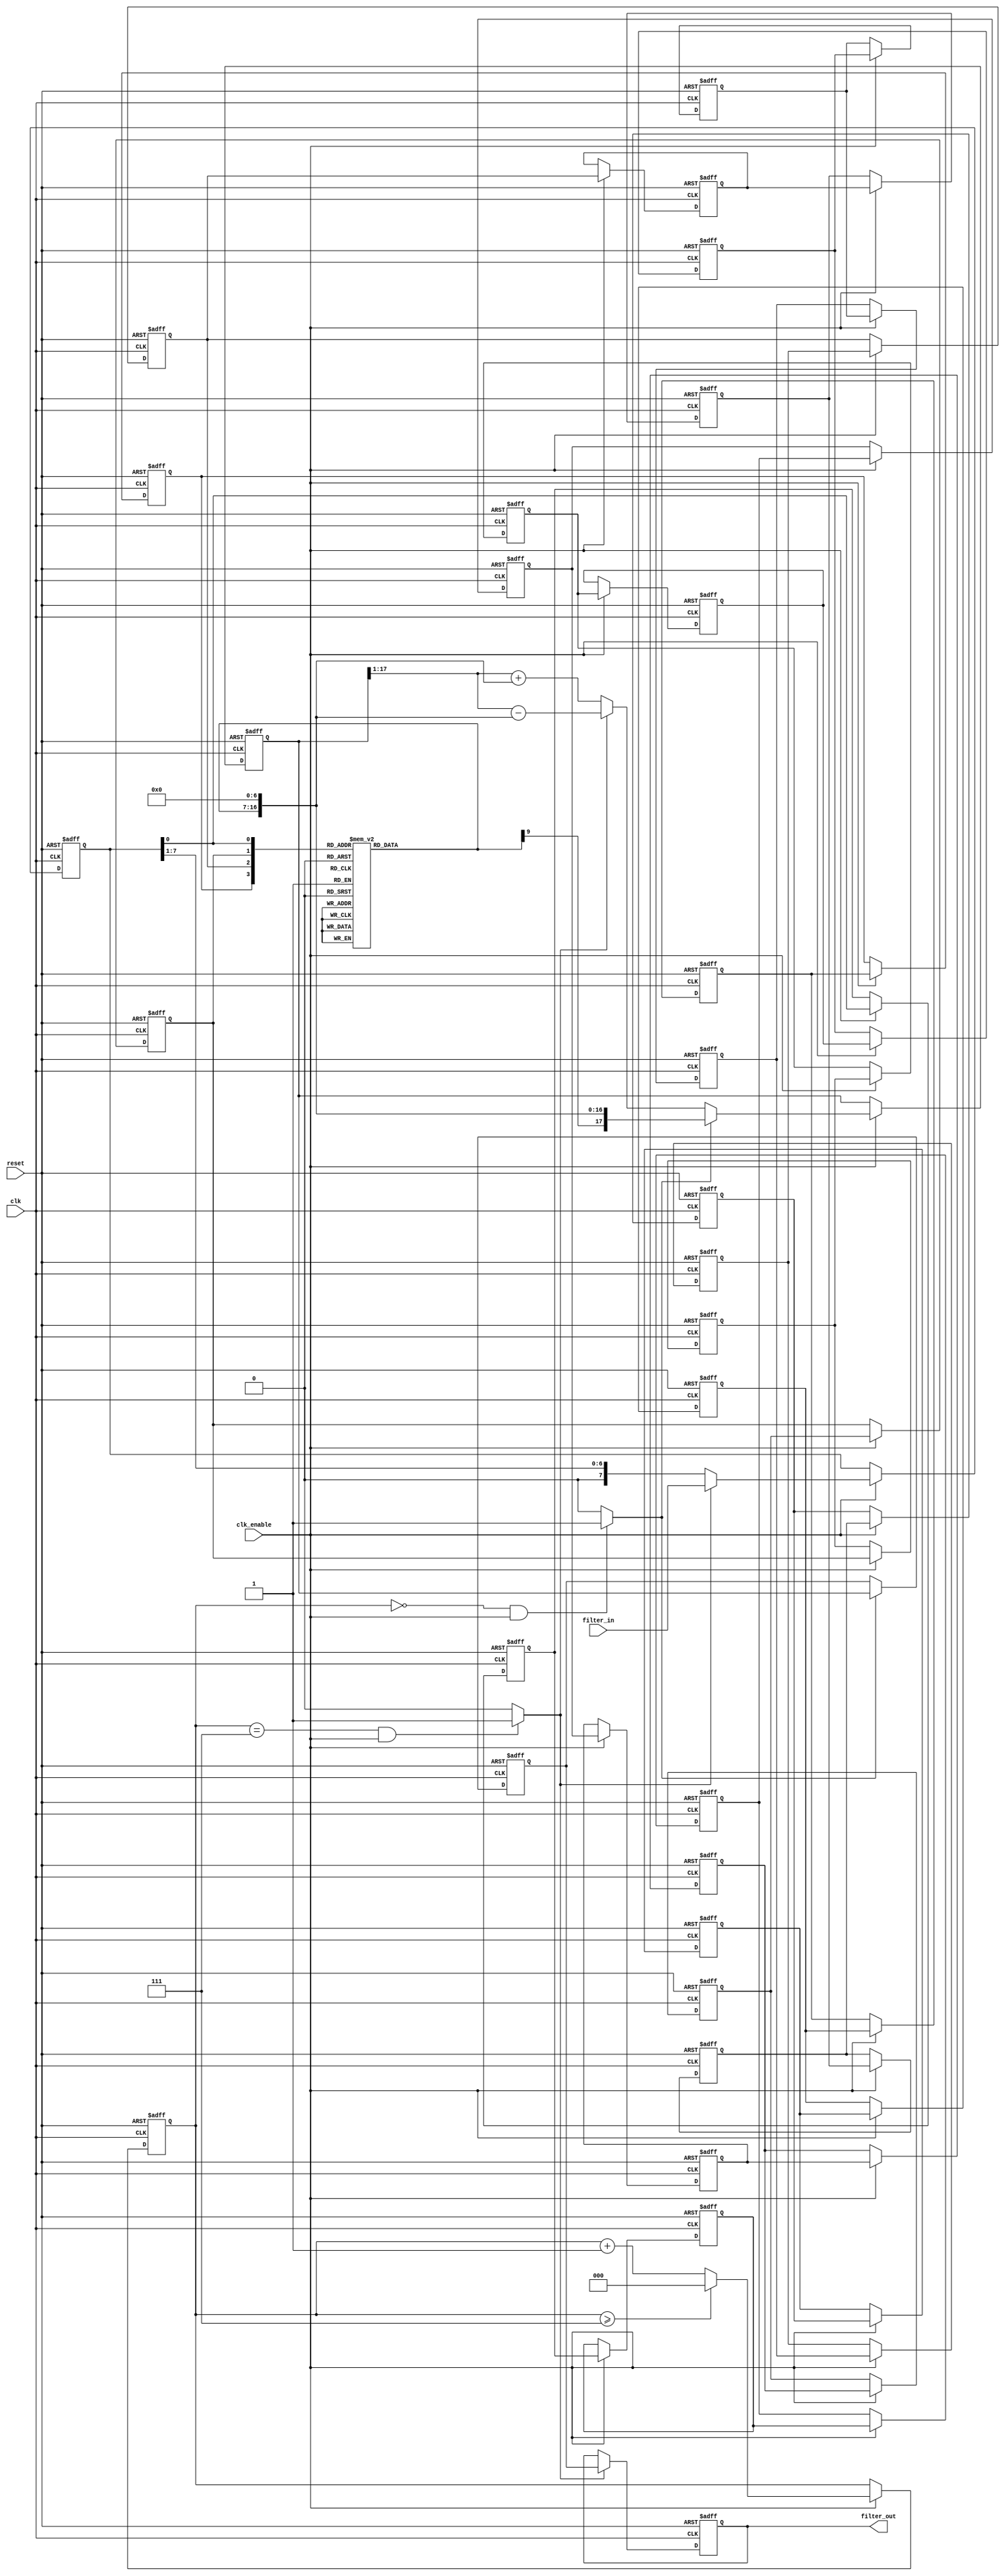
// -------------------------------------------------------------
//
// Module: fir_min_8b_da
// Generated by MATLAB(R) 9.12 and Filter Design HDL Coder 3.1.11.
// Generated on: 2023-06-27 19:45:37
// -------------------------------------------------------------

// -------------------------------------------------------------
// HDL Code Generation Options:
//
// FIRAdderStyle: tree
// MultiplierInputPipeline: 1
// MultiplierOutputPipeline: 1
// OptimizeForHDL: on
// TargetDirectory: W:\Nikos\UTh\ \Project\FIR_Minimum_Order\distributed_arithmetic\8b_fixed_point
// AddPipelineRegisters: on
// Name: fir_min_8b_da
// DALUTPartition: 4
// InputDataType: numerictype(1,8,0)
// TargetLanguage: Verilog
// TestBenchName: fir_min_8b_da_tb
// TestBenchStimulus: impulse step ramp chirp noise 

// Filter Specifications:
//
// Sample Rate     : 46 kHz
// Response        : Lowpass
// Specification   : N,Fp,Fst,Ap
// Stopband Edge   : 9.6 kHz
// Passband Ripple : 60 dB
// Filter Order    : 3
// Passband Edge   : 8 kHz
// -------------------------------------------------------------

// -------------------------------------------------------------
// HDL Implementation    : Distributed arithmetic (DA)
// Folding Factor        : 8
// LUT Address Width     : 4
// Total LUT Size (bits) : 160
// -------------------------------------------------------------
// Filter Settings:
//
// Discrete-Time FIR Filter (real)
// -------------------------------
// Filter Structure  : Direct-Form FIR
// Filter Length     : 4
// Stable            : Yes
// Linear Phase      : Yes (Type 2)
// Arithmetic        : fixed
// Numerator         : s8,16 -> [-1.953125e-03 1.953125e-03)
// -------------------------------------------------------------




`timescale 1 ns / 1 ns

module fir_min_8b_da
               (
                clk,
                clk_enable,
                reset,
                filter_in,
                filter_out
                );

  input   clk; 
  input   clk_enable; 
  input   reset; 
  input   signed [7:0] filter_in; //sfix8
  output  signed [17:0] filter_out; //sfix18_En16

////////////////////////////////////////////////////////////////
//Module Architecture: fir_min_8b_da
////////////////////////////////////////////////////////////////
  // Local Functions
  // Type Definitions
  // Constants
  parameter signed [7:0] coeff1 = 8'b00111111; //sfix8_En16
  parameter signed [7:0] coeff2 = 8'b01000111; //sfix8_En16
  parameter signed [7:0] coeff3 = 8'b01000111; //sfix8_En16
  parameter signed [7:0] coeff4 = 8'b00111111; //sfix8_En16

  // Signals
  wire signed [7:0] filter_in_cast; // sfix8
  reg  [2:0] cur_count; // ufix3
  wire phase_7; // boolean
  wire phase_0; // boolean
  wire serialoutb1; // ufix1
  reg  signed [7:0] shiftreg; // sfix8
  reg  delay_pipeline [0:23] ; // boolean
  wire [3:0] mem_addr; // ufix4
  reg  signed [9:0] memoutb1; // sfix10_En16
  reg  signed [17:0] acc_out; // sfix18_En23
  wire signed [17:0] memoutb1_cast; // sfix18_En23
  wire signed [17:0] add_sub_out; // sfix18_En23
  wire signed [17:0] acc_out_shft; // sfix18_En23
  wire signed [17:0] acc_in; // sfix18_En23
  wire signed [17:0] addsub_add; // sfix18_En23
  wire signed [17:0] addsub_sub; // sfix18_En23
  wire signed [17:0] add_signext; // sfix18_En23
  wire signed [17:0] add_signext_1; // sfix18_En23
  wire signed [18:0] add_temp; // sfix19_En23
  wire signed [17:0] sub_signext; // sfix18_En23
  wire signed [17:0] sub_signext_1; // sfix18_En23
  wire signed [18:0] sub_temp; // sfix19_En23
  reg  signed [17:0] final_acc_out; // sfix18_En23
  wire signed [17:0] output_da; // sfix18_En16
  wire signed [17:0] output_typeconvert; // sfix18_En16
  reg  signed [17:0] output_register; // sfix18_En16

  // Block Statements
  assign filter_in_cast = filter_in;

  always @ (posedge clk or posedge reset)
    begin: Counter_process
      if (reset == 1'b1) begin
        cur_count <= 3'b111;
      end
      else begin
        if (clk_enable == 1'b1) begin
          if (cur_count >= 3'b111) begin
            cur_count <= 3'b000;
          end
          else begin
            cur_count <= cur_count + 3'b001;
          end
        end
      end
    end // Counter_process

  assign  phase_7 = (cur_count == 3'b111 && clk_enable == 1'b1) ? 1'b1 : 1'b0;

  assign  phase_0 = (cur_count == 3'b000 && clk_enable == 1'b1) ? 1'b1 : 1'b0;

  always @ (posedge clk or posedge reset)
    begin: Serializer_1_process
      if (reset == 1'b1) begin
        shiftreg <= 8'b00000000;
      end
      else begin
        if (clk_enable == 1'b1) begin
          if (phase_7 == 1'b1) begin
            shiftreg <= filter_in_cast;
          end
          else begin
            shiftreg <= {1'b0, shiftreg[7 : 1]};
          end
        end
      end 
    end // Serializer_1_process;

  assign   serialoutb1=shiftreg[0];
 
  always @( posedge clk or posedge reset)
    begin: Delay_Pipeline_1_process
      if (reset == 1'b1) begin
        delay_pipeline[0] <= 1'b0;
        delay_pipeline[1] <= 1'b0;
        delay_pipeline[2] <= 1'b0;
        delay_pipeline[3] <= 1'b0;
        delay_pipeline[4] <= 1'b0;
        delay_pipeline[5] <= 1'b0;
        delay_pipeline[6] <= 1'b0;
        delay_pipeline[7] <= 1'b0;
        delay_pipeline[8] <= 1'b0;
        delay_pipeline[9] <= 1'b0;
        delay_pipeline[10] <= 1'b0;
        delay_pipeline[11] <= 1'b0;
        delay_pipeline[12] <= 1'b0;
        delay_pipeline[13] <= 1'b0;
        delay_pipeline[14] <= 1'b0;
        delay_pipeline[15] <= 1'b0;
        delay_pipeline[16] <= 1'b0;
        delay_pipeline[17] <= 1'b0;
        delay_pipeline[18] <= 1'b0;
        delay_pipeline[19] <= 1'b0;
        delay_pipeline[20] <= 1'b0;
        delay_pipeline[21] <= 1'b0;
        delay_pipeline[22] <= 1'b0;
        delay_pipeline[23] <= 1'b0;
      end
      else begin
        if (clk_enable == 1'b1) begin
          delay_pipeline[0] <= serialoutb1;
          delay_pipeline[1] <= delay_pipeline[0];
          delay_pipeline[2] <= delay_pipeline[1];
          delay_pipeline[3] <= delay_pipeline[2];
          delay_pipeline[4] <= delay_pipeline[3];
          delay_pipeline[5] <= delay_pipeline[4];
          delay_pipeline[6] <= delay_pipeline[5];
          delay_pipeline[7] <= delay_pipeline[6];
          delay_pipeline[8] <= delay_pipeline[7];
          delay_pipeline[9] <= delay_pipeline[8];
          delay_pipeline[10] <= delay_pipeline[9];
          delay_pipeline[11] <= delay_pipeline[10];
          delay_pipeline[12] <= delay_pipeline[11];
          delay_pipeline[13] <= delay_pipeline[12];
          delay_pipeline[14] <= delay_pipeline[13];
          delay_pipeline[15] <= delay_pipeline[14];
          delay_pipeline[16] <= delay_pipeline[15];
          delay_pipeline[17] <= delay_pipeline[16];
          delay_pipeline[18] <= delay_pipeline[17];
          delay_pipeline[19] <= delay_pipeline[18];
          delay_pipeline[20] <= delay_pipeline[19];
          delay_pipeline[21] <= delay_pipeline[20];
          delay_pipeline[22] <= delay_pipeline[21];
          delay_pipeline[23] <= delay_pipeline[22];
        end
      end
    end // Delay_Pipeline_1_process


  assign mem_addr = {delay_pipeline[23], delay_pipeline[15], delay_pipeline[7], serialoutb1};

  always @(mem_addr)
  begin
    case(mem_addr)
      4'b0000 : memoutb1 = 10'b0000000000;
      4'b0001 : memoutb1 = 10'b0000111111;
      4'b0010 : memoutb1 = 10'b0001000111;
      4'b0011 : memoutb1 = 10'b0010000110;
      4'b0100 : memoutb1 = 10'b0001000111;
      4'b0101 : memoutb1 = 10'b0010000110;
      4'b0110 : memoutb1 = 10'b0010001110;
      4'b0111 : memoutb1 = 10'b0011001101;
      4'b1000 : memoutb1 = 10'b0000111111;
      4'b1001 : memoutb1 = 10'b0001111110;
      4'b1010 : memoutb1 = 10'b0010000110;
      4'b1011 : memoutb1 = 10'b0011000101;
      4'b1100 : memoutb1 = 10'b0010000110;
      4'b1101 : memoutb1 = 10'b0011000101;
      4'b1110 : memoutb1 = 10'b0011001101;
      4'b1111 : memoutb1 = 10'b0100001100;
      default : memoutb1 = 10'b0100001100;
    endcase
  end

  //  Shift and add the LUT results to compute the scaled accumulated sum

  assign memoutb1_cast = $signed({memoutb1[9:0], 7'b0000000});

  assign acc_out_shft = $signed({{1{acc_out[17]}}, acc_out[17:1]});

  assign add_signext = acc_out_shft;
  assign add_signext_1 = memoutb1_cast;
  assign add_temp = add_signext + add_signext_1;
  assign addsub_add = add_temp[17:0];

  assign sub_signext = acc_out_shft;
  assign sub_signext_1 = memoutb1_cast;
  assign sub_temp = sub_signext - sub_signext_1;
  assign addsub_sub = sub_temp[17:0];

  assign add_sub_out = (phase_7 == 1'b1) ? addsub_sub :
                      addsub_add;

  assign acc_in = (phase_0 == 1'b1) ? memoutb1_cast :
            add_sub_out;

  always @ (posedge clk or posedge reset)
    begin: Acc_reg_process
      if (reset == 1'b1) begin
        acc_out <= 0;
      end
      else begin
        if (clk_enable == 1'b1) begin
          acc_out <= acc_in;
        end
      end
    end // Acc_reg_process

  always @ (posedge clk or posedge reset)
    begin: Finalsum_reg_process
      if (reset == 1'b1) begin
        final_acc_out <= 0;
      end
      else begin
        if (phase_0 == 1'b1) begin
          final_acc_out <= acc_out;
        end
      end
    end // Finalsum_reg_process

  assign output_da = final_acc_out;

  assign output_typeconvert = output_da;

  always @ (posedge clk or posedge reset)
    begin: Output_Register_process
      if (reset == 1'b1) begin
        output_register <= 0;
      end
      else begin
        if (phase_7 == 1'b1) begin
          output_register <= output_typeconvert;
        end
      end
    end // Output_Register_process

  // Assignment Statements
  assign filter_out = output_register;
endmodule  // fir_min_8b_da